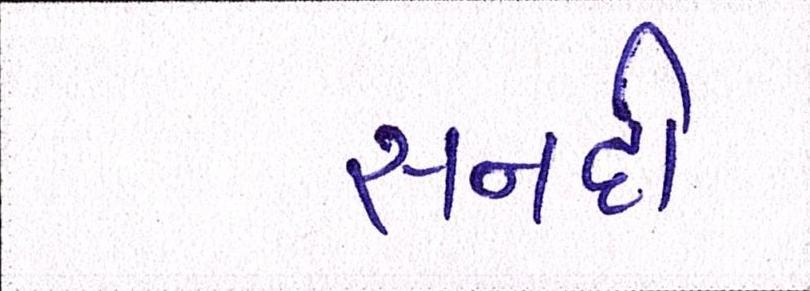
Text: સનદી